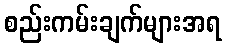
စည်းကမ်းချက်များအရ